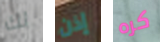
لك إذن كره